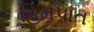
હિમપાત